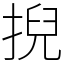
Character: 掜